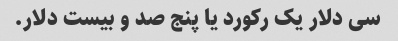
سی دلار یک رکورد یا پنج صد و بیست دلار.